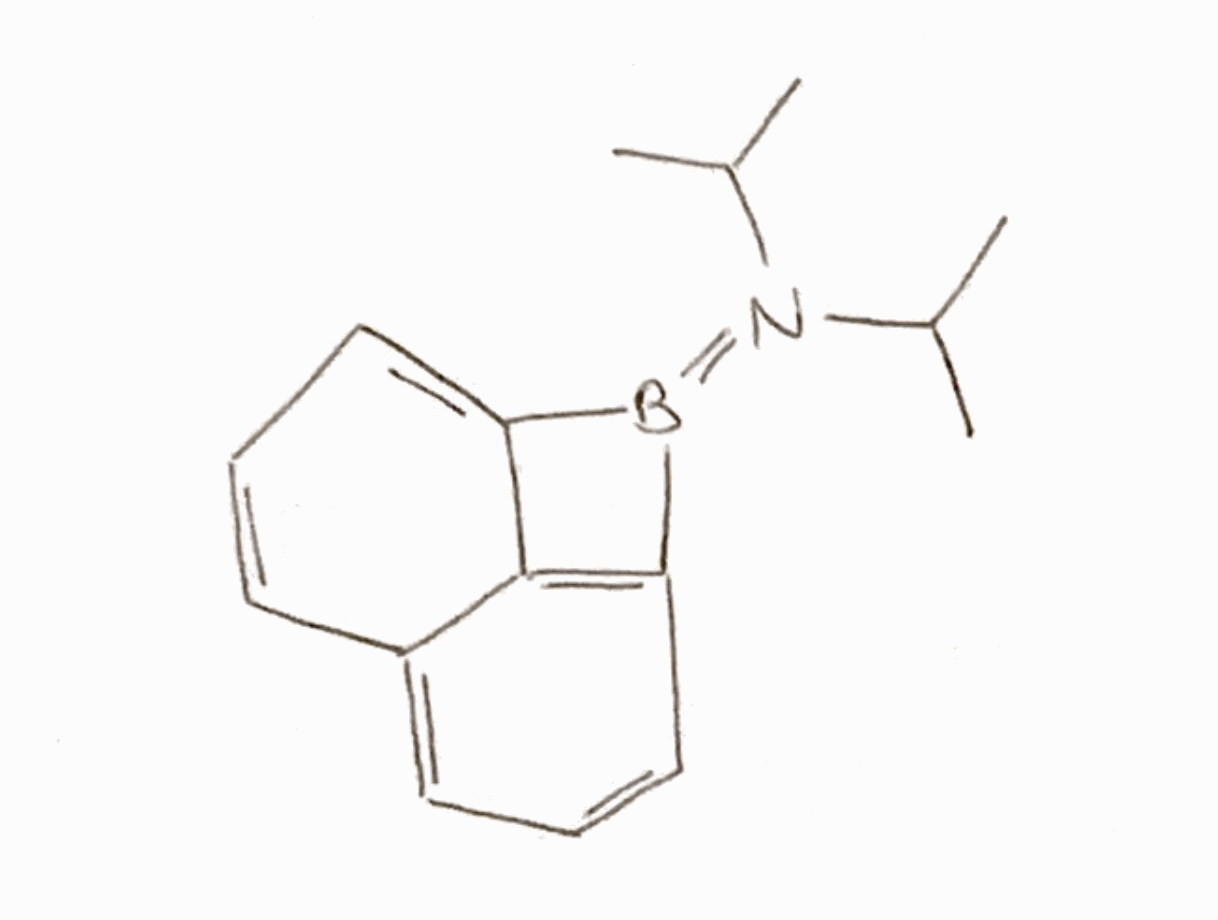
Simplified molecular-input line-entry system (SMILES) notation of the given molecule:
[B-]1(=[N+](C(C)C)C(C)C)C2=C3C1=CC=CC3=CC=C2